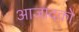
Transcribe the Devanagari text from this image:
आजादको